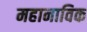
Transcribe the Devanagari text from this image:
महानाविक